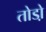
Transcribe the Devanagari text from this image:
तोडो़